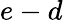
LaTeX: e-d